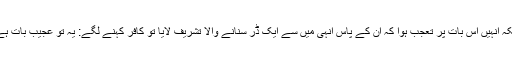
بلکہ انہیں اس بات پر تعجب ہوا کہ ان کے پاس انہی میں سے ایک ڈر سنانے والا تشریف لایا تو کافر کہنے لگے: یہ تو عجیب بات ہے۔